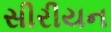
સીરીયન